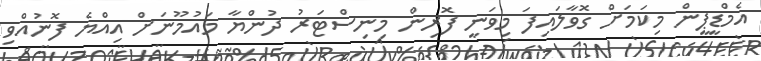
އެމްޑީޕީން މިކަމަށް ގޮވާލައިފަ މިވަނީ ފޮރިން މިނިސްޓަރު ދުންޔާ މައުމޫނަށް އިއްޔެ ފޮނުއްވި